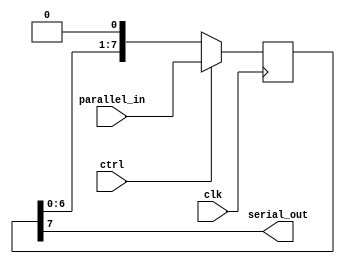
module piso_register (
    input clk, // clock input
    input ctrl, // control signal (1 for parallel-in, 0 for serial-out)
    input [7:0] parallel_in, // 8-bit parallel input data
    output reg serial_out // serial output data
);

reg [7:0] reg_data; // internal register to hold data

always @(posedge clk) begin
    if (ctrl == 1) begin // parallel-in
        reg_data <= parallel_in;
    end else begin // serial-out
        reg_data <= {reg_data[6:0], 1'b0}; // shift data out serially
    end
end

assign serial_out = reg_data[7]; // output serial data

endmodule